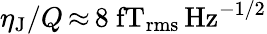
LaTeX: \eta_{\mathrm{J}}/Q\, {\approx}\, 8~\mathrm{fT_{rms}\, Hz^{-1/2}}